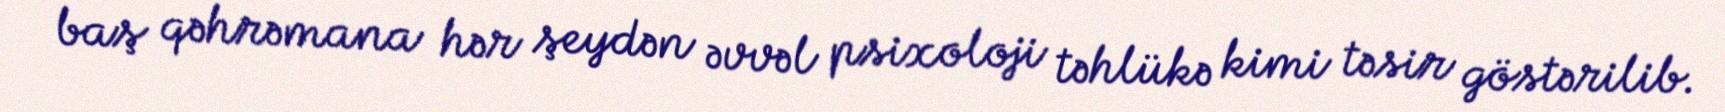
baş qəhrəmana hər şeydən əvvəl psixoloji təhlükə kimi təsir göstərilib.